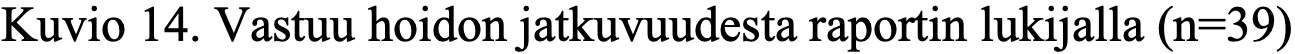
Kuvio 14. Vastuu hoidon jatkuvuudesta raportin lukijalla (n=39)